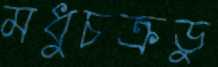
মধুচক্রডু